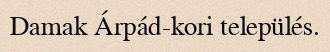
Damak Árpád-kori település.